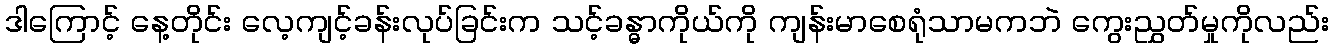
ဒါကြောင့် နေ့တိုင်း လေ့ကျင့်ခန်းလုပ်ခြင်းက သင့်ခန္ဓာကိုယ်ကို ကျန်းမာစေရုံသာမကဘဲ ကွေးညွှတ်မှုကိုလည်း